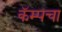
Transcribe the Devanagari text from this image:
कॅम्पचा